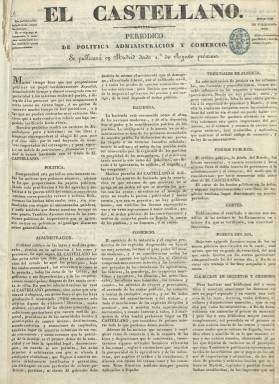
Título: El Castellano (Madrid)
Colección: Periódicos anteriores a 1850
Ámbito geográfico: Madrid
Lugar de publicación: Madrid
Fechas: 01/01/1836-13/04/1846

Con el subtítulo “periódico de política, administración y comercio” aparecerá todos los días, excepto los domingos, como vespertino durante una década, desde el uno de agosto de 1836 al 13 de abril de 1846, formando parte de la eclosión de la moderna prensa diaria española. Su fundador, propietario, editor y director es el segoviano Aniceto de Álvaro (-1852), un entonces comerciante y funcionario del ministerio de Hacienda, que ya había sido diputado en 1834 y lo será durante las constituyentes, cuando en marzo de 1837 encabece una escisión de dieciséis parlamentarios denominados “doceañistas”, pero críticos con los exaltados de 1812 y 1820, y que en 1848 será nombrado director general de Aduanas y Aranceles. Anteriormente había sido redactor de La Revista española (1832-1835), considerada la primera publicación política tras acabar el absolutismo fernandino.

Según su prospecto, de uno de julio de 1836, sus secciones serán la de Política, con noticias, especialmente las referidas a la guerra civil carlista, llegando a ser amonestado en las Cortes por haber informado del movimiento de un destacamento militar cristino poniendo en peligro su operatividad; Administración, con el desarrollo legislativo y normativo, incluido el de los ayuntamientos, y los nombramientos y ceses de funcionarios, que denomina de “utilidad pública”; Hacienda, Comercio, Tribunales de Justicia, Fondos públicos, Cortes y Puerta del Sol, incluyendo en esta “los rumores públicos que circulen en la corte”. Insertará también folletines. Se ha señalado que la importancia política y literaria de este diario fue “mediana” y que estuvo dirigido a la “clase media”.

Si Hartzenbusch (1894) señala que “se tenía por liberal”, y otros se refieren a su moderantismo, Pérez Juan (2006) dice que su “ideario político es a todas luces progresista” y que adopta su título –que basa en un verdadero “españolismo” – en clara alusión al diario liberal conservador El Español (1835-1838), de Andrés Borrego. Sin embargo, la personalidad política del propietario de El Castellano tuvo vaivenes, pues si el presidente del gobierno Francisco Javier Istúriz ya había notificado a la Regente, precisamente el 29 de julio de 1836, el encarcelamiento de De Álvaro por un previo artículo suyo incendiario también atacará a los progresistas en septiembre de 1837. Tanto el diario como su propietario viajarán desde posiciones progresistas bajo el Estatuto Real de 1834 a ejercer una fuerte oposición al gobierno del progresista José María Calatrava.

Entre sus redactores estuvieron Vicente Díez Canseco, que al año siguiente pasará a dirigir El Duende (1836-1837) y posteriormente el liberal conservador El Heraldo (1842-1854), y José Llorente Flórez. Pero también, desde septiembre de 1836, el sobrino del director, el médico higienista, publicista y diputado liberal moderado Francisco Méndez Álvaro (1806-1883), fiel a Claudio Moyano y miembro de la facción denominada “histórica”. Méndez, que pasará de ser defensor de Juan Álvarez Mendizábal a atacarlo, participará asimismo en la sublevación contra Espartero en 1843, y dirigirá el diario de su tío, desde abril de 1841 a junio de 1845. También será director de El Siglo médico (1854-1936)

Las entregas de El Castellano son de cuatro páginas, compuestas a tres columnas. Salió estampado en imprenta propia y, entre otras, en las de Rafael Guzmán, Herederos de D.F.M. Dávila y, por último, en la de Gregorio Salcedo, que también aparece como editor responsable. Anteriormente lo habían sido J.V. Rica. o R. Guzmán. Salió en pequeño formato, que después tendrá variaciones, aumentándolo, por ejemplo, el uno de abril de 1841, y volviéndolo a modificar el uno de enero de 1846. El uno de agosto de 1838 había celebrado su segundo aniversario, recordando en una nota las “circunstancias azarosas” en las que apareció.

Además de editar como apéndice una Colección de leyes, publica un “boletín de ciencias, artes y literatura” desde el 6 enero al 26 de mayo de 1839, que sale de la Imprenta de J. Boix en números de ocho páginas; y un suplemento dominical bajo el título Semanario católico, desde el uno de julio al 24 de noviembre de 1844, que estampa en números de ocho páginas la imprenta de Guzmán, formando también parte éste de la colección de la Biblioteca Nacional de España (BNE).

El 15 de abril de 1846 anuncia su suspensión en un artículo en el que resume también su historia. Aniceto de Álvaro sacará el diario El Neutral, desde el 20 de abril al 13 de junio, y desde el 15 de ese mes y año el también vespertino El Popular (1846-1851), situándolo en la parte centrista del Partido Moderado. Estos dos títulos también integran la colección de la BNE.

[Descripción modificada el 30/08/2018]